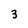
Character: 3